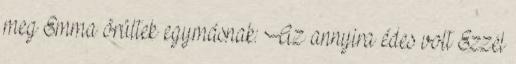
meg Emma örültek egymásnak: Az annyira édes volt Ezzel